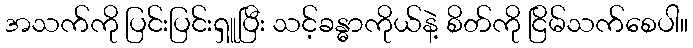
အသက်ကို ပြင်းပြင်းရှူပြီး သင့်ခန္ဓာကိုယ်နဲ့ စိတ်ကို ငြိမ်သက်စေပါ။